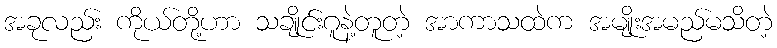
အခုလည်း ကိုယ်တို့ဟာ သချိုင်းဂူနဲ့တူတဲ့ အာကာသထဲက အမျိုးအမည်မသိတဲ့